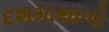
દશમાથાળો